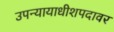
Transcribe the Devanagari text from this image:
उपन्यायाधीशपदावर